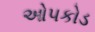
ઓપકોડ